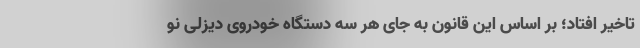
تاخیر افتاد؛ بر اساس این قانون به جای هر سه دستگاه خودروی دیزلی نو